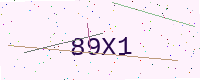
Text: 89X1